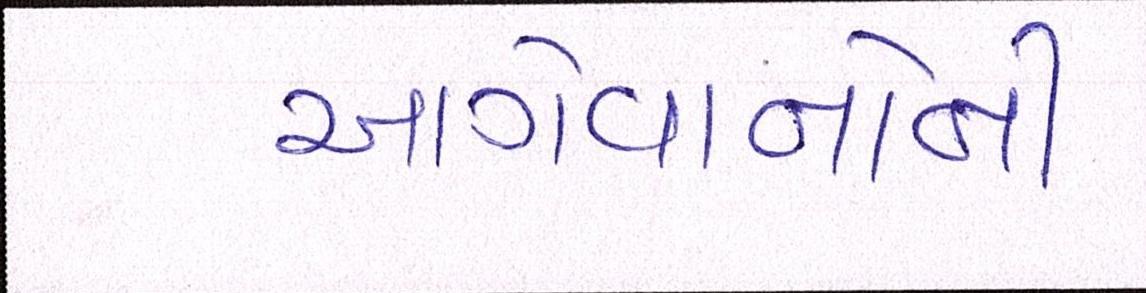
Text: આગેવાનોની